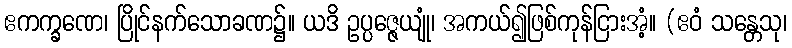
ဧကက္ခဏေ၊ ပြိုင်နက်သောခဏ၌။ ယဒိ ဥပ္ပဇ္ဇေယျုံ၊ အကယ်၍ဖြစ်ကုန်ငြားအံ့။ (ဧဝံ သန္တေသု၊